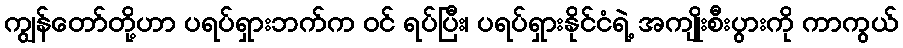
ကျွန်တော်တို့ဟာ ပရပ်ရှားဘက်က ဝင် ရပ်ပြီး၊ ပရပ်ရှားနိုင်ငံရဲ့ အကျိုးစီးပွားကို ကာကွယ်